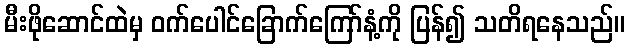
မီးဖိုဆောင်ထဲမှ ဝက်ပေါင်ခြောက်ကြော်နံ့ကို ပြန်၍ သတိရနေသည်။